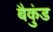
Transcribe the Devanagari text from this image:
बैकुंड